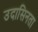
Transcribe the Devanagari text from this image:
उदासिनता